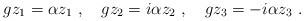
\begin{align*}gz_1=\alpha z_1~,~~~gz_2=i\alpha z_2~,~~~gz_3=-i\alpha z_3~.\end{align*}